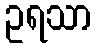
ဥရသာ